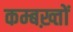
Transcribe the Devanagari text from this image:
कम्बख़्तों